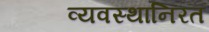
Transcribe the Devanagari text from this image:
व्यवस्थानिरत